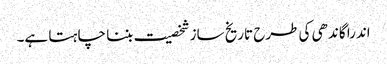
اندرا گاندھی کی طرح تاریخ ساز شخصیت بننا چا ہتا ہے۔